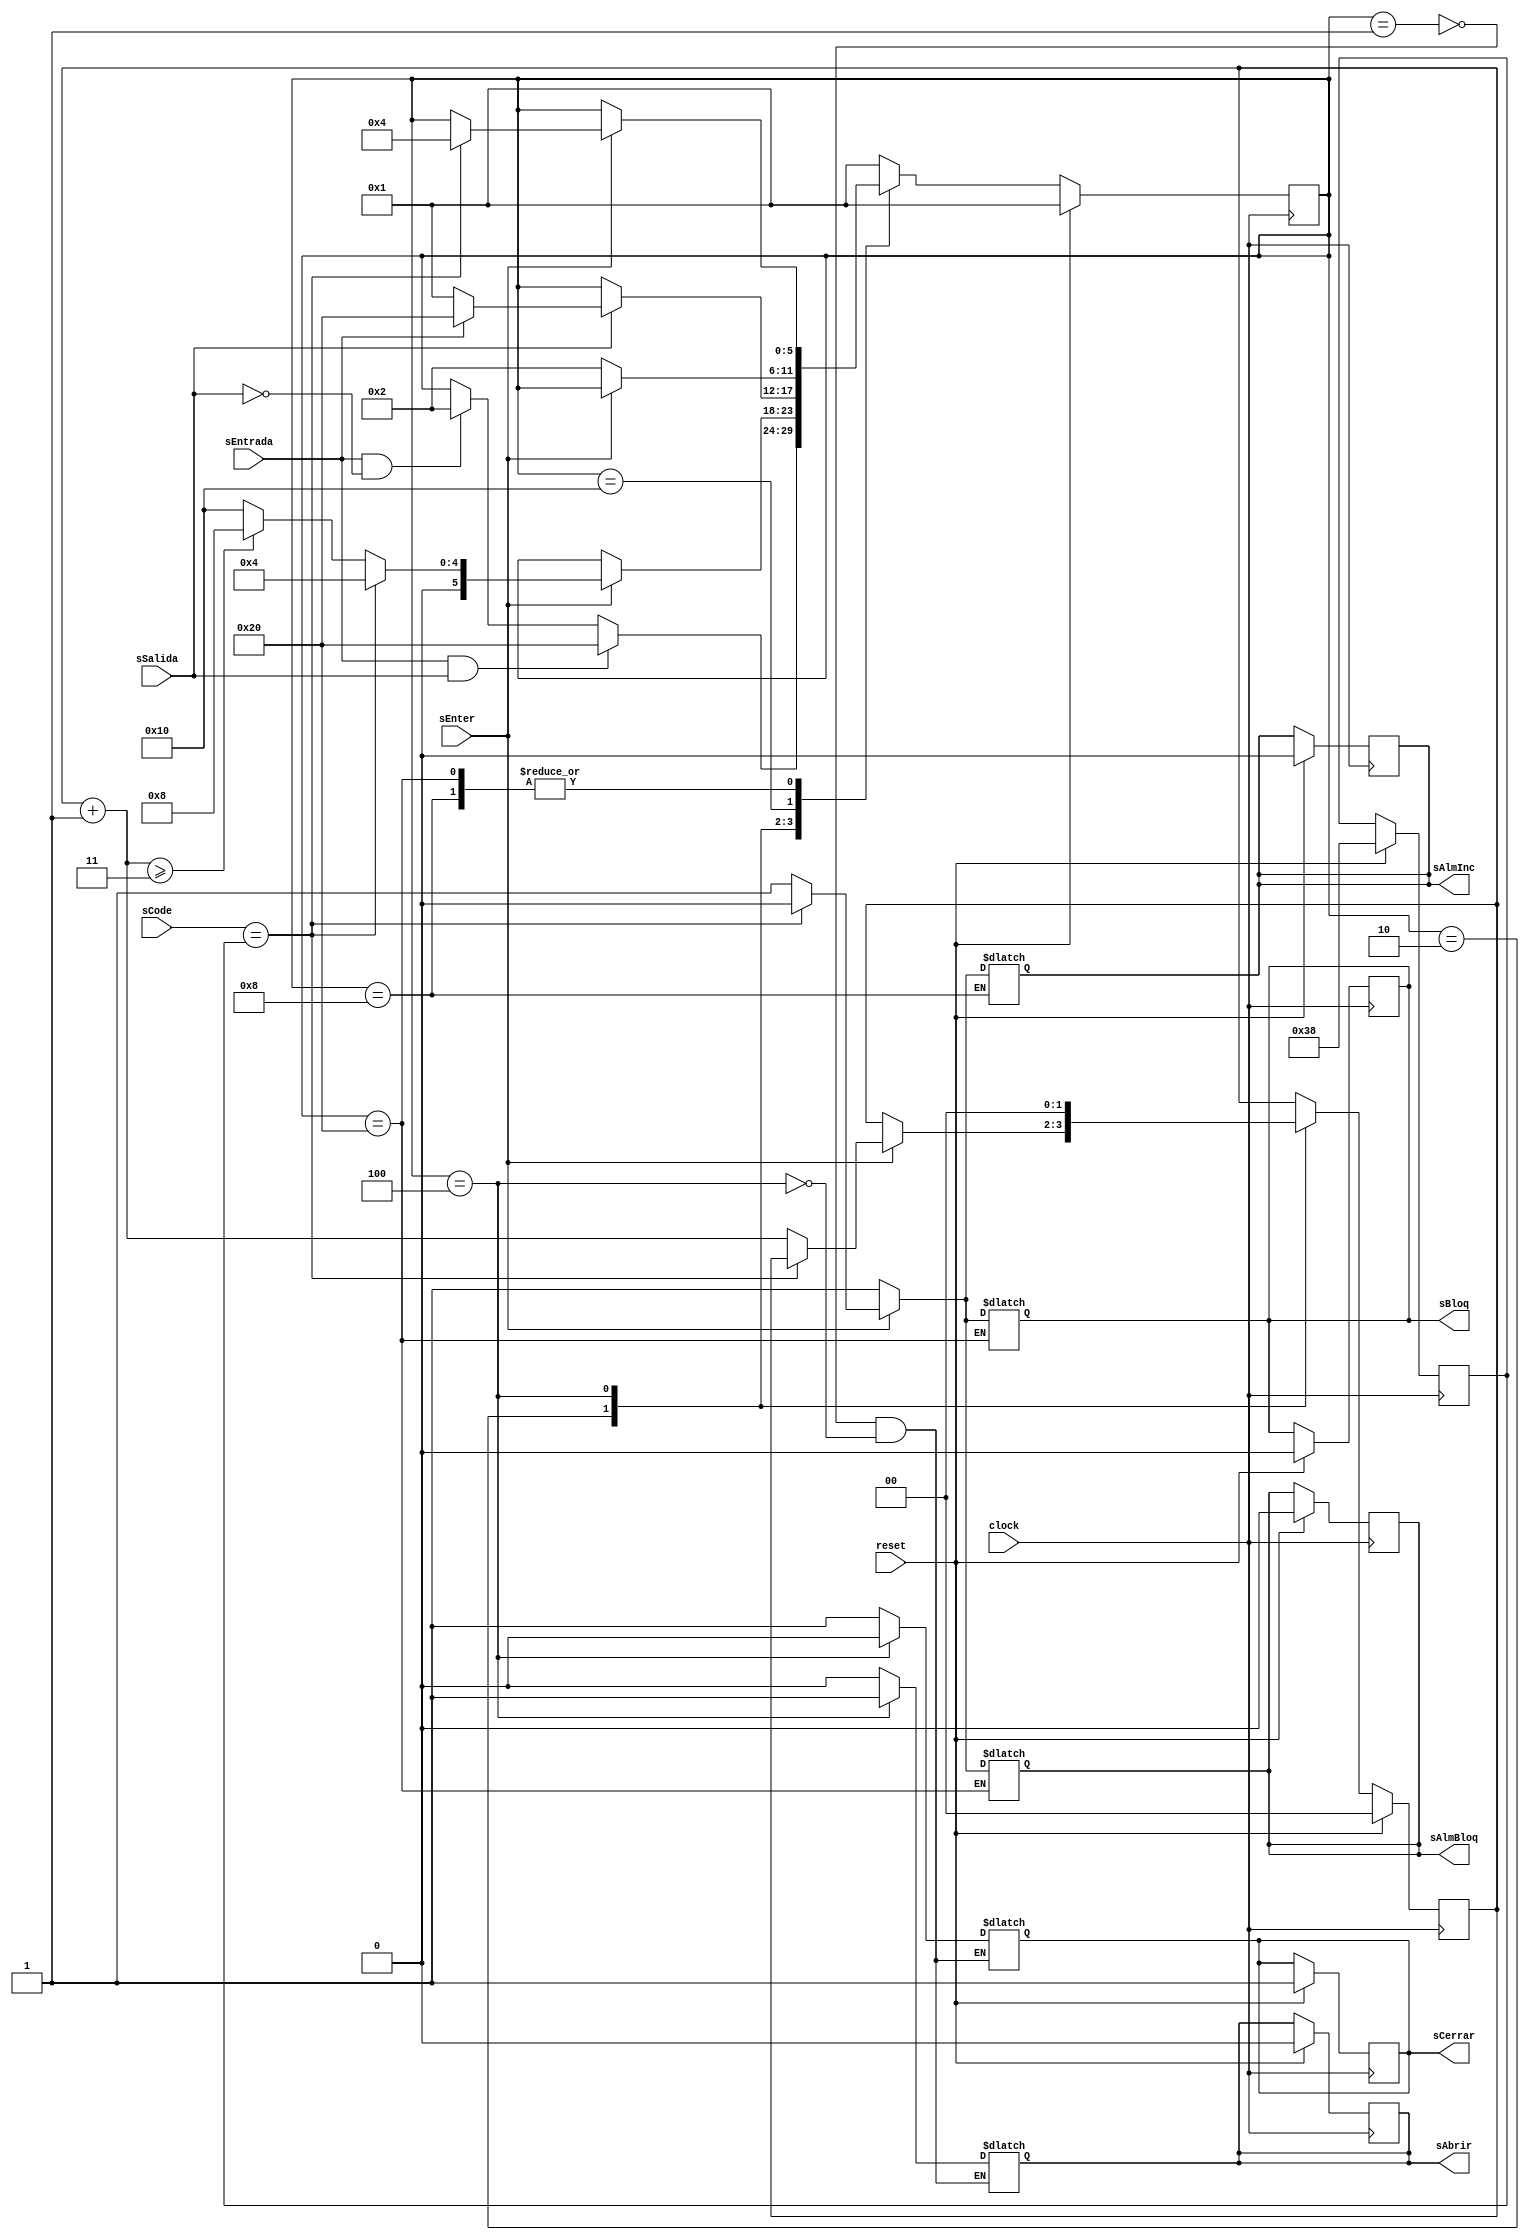

/*
*********************************************
**Tarea 01							       **
**Controlador automatizado para la entrada **
**de un estacionamiento	 		 		   **
**										   **
**Profesor: Enrique Coen Alfaro 		   **	
**Asistente: Eddy Jimenez Ulate			   **
**Estudiante: Jos David Daz Prez C02638 **
**I-2024							   	   **
**13 de abril del 2024					   **
*********************************************
*/

module controlador (
clock,
reset,
sEntrada,
sCode,
sSalida,
sEnter,
sAbrir,
sCerrar,
sBloq,
sAlmInc,
sAlmBloq
);

output	sAbrir,																	// Declaracion de salidas
		sCerrar, 
		sBloq, 
		sAlmInc, 
		sAlmBloq;

input 	[7:0]	sCode;															// Declaracion de Entradas

input	clock,	
		reset,
		sEntrada,
		sSalida,
		sEnter;

reg sAbrir, sCerrar, sBloq, sAlmInc, sAlmBloq;
reg		[7:0]	codeCorrect;													// Constante que mantiene el valor del codigo correcto

reg		[1:0]	intento;														// Variable para el contador de los intentos
reg		[1:0]	nxt_intento;


reg [5:0] estado;
reg [5:0] nxt_estado;
         
wire clock, reset, sEntrada, sSalida, sEnter;									// Conexion de las entradas a un wire
wire	[7:0]	sCode;

// Logica para cuando se ejecute un reset y variables creados por FF en el flanco positivo del reloj

always @(posedge clock) begin
	
	if (reset) begin
		estado <= 6'b000001;													// Estado 1 default
		sAbrir <= 0;
		sCerrar <= 1;
		sBloq <= 0;
		sAlmInc <= 0;
		sAlmBloq <= 0;
		intento = 2'b00; 														// Inicio de contador en 0
		codeCorrect = 8'b00111000; 												// Clave correcta
	end else begin
		estado  <= nxt_estado;
		intento <= nxt_intento;
	end
end

always @(*) begin
	
	nxt_estado = estado;
	nxt_intento = intento;
	
	
// Comportamiento de la maquina de estados para el funcionamiento de la compuerta
	
	case(estado)
		6'b000001:	begin														// ESTADO 1 inicial 
						sAbrir = 0;			
						sCerrar = 1;											// La puerta se mantiente cerrada
		
						if (sEntrada && sSalida) nxt_estado = 6'b100000;		// Si se activan al mismo tiempo estado 6
						else if (sEntrada && !sSalida) nxt_estado = 6'b000010;	// Si llega un vehiculo --> estado 2
					end
		
		6'b000010:	begin														// ESTADO 2 Solicitud del codigo
						if(sEnter) begin
							if (sCode == codeCorrect) nxt_estado = 6'b000100;	// Si el codigo es correcto --> estado 3
							
							else begin
								nxt_intento = intento + 1;						// Codigo incorrecto intento++
								if (nxt_intento >= 3) nxt_estado = 6'b001000;	// Si el intento >= 3 --> estado 4
								else nxt_estado = 6'b010000;					// Si no pasar al estado 5
							end
						end
					end
						
		6'b000100:	begin														// ESTADO 3 Apertura de la compuerta
						sCerrar = 0;
						sAbrir = 1;
						nxt_intento = 2'b00;									// Se reinician los intentos
							
						if (sSalida) begin
							if (sEntrada) nxt_estado = 6'b100000;				// Si la sSalida & sEntrada --> estado 6
							else nxt_estado = 6'b000001;						// Si solo sSalida volvemos --> estado 1
						end
					end
		
		
		6'b001000:	begin														// ESTADO 4 Alarma de intentos incorrectos
						sAlmInc = 1;
						
						if (sEnter) begin
							if (sCode == codeCorrect) begin						// Codigo correcto desactivar alarma
								sAlmInc = 0;
								nxt_estado = 6'b000100;							// Siguiente --> estado 3
							end
						end
					end


		6'b010000:	if (!sEnter) nxt_estado = 6'b000010;						// ESTADO 5 espera desactivacion enter

	
		6'b100000:	begin														// ESTADO 6 Sistema de bloqueo
						sBloq = 1;
						sAlmBloq = 1;
						
						if(sEnter) begin
							if (sCode == codeCorrect) begin						// Codigo correcto desactivar bloqueo
								sBloq = 0;
								sAlmBloq = 0;
								nxt_estado = 6'b000100;							// Apertura de compuerta --> estado 3
							end
						end
					end
		

		
		
		default: nxt_estado = 6'b000001;										// Estado 1 por default 
		
										
	endcase
end

endmodule